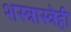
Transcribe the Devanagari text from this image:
शस्त्रास्त्रेही